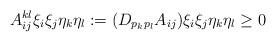
LaTeX: \begin{align*}A^{kl}_{ij}\xi_i\xi_j\eta_k\eta_l: = (D_{p_kp_l}A_{ij}) \xi_i\xi_j\eta_k\eta_l \ge 0\end{align*}